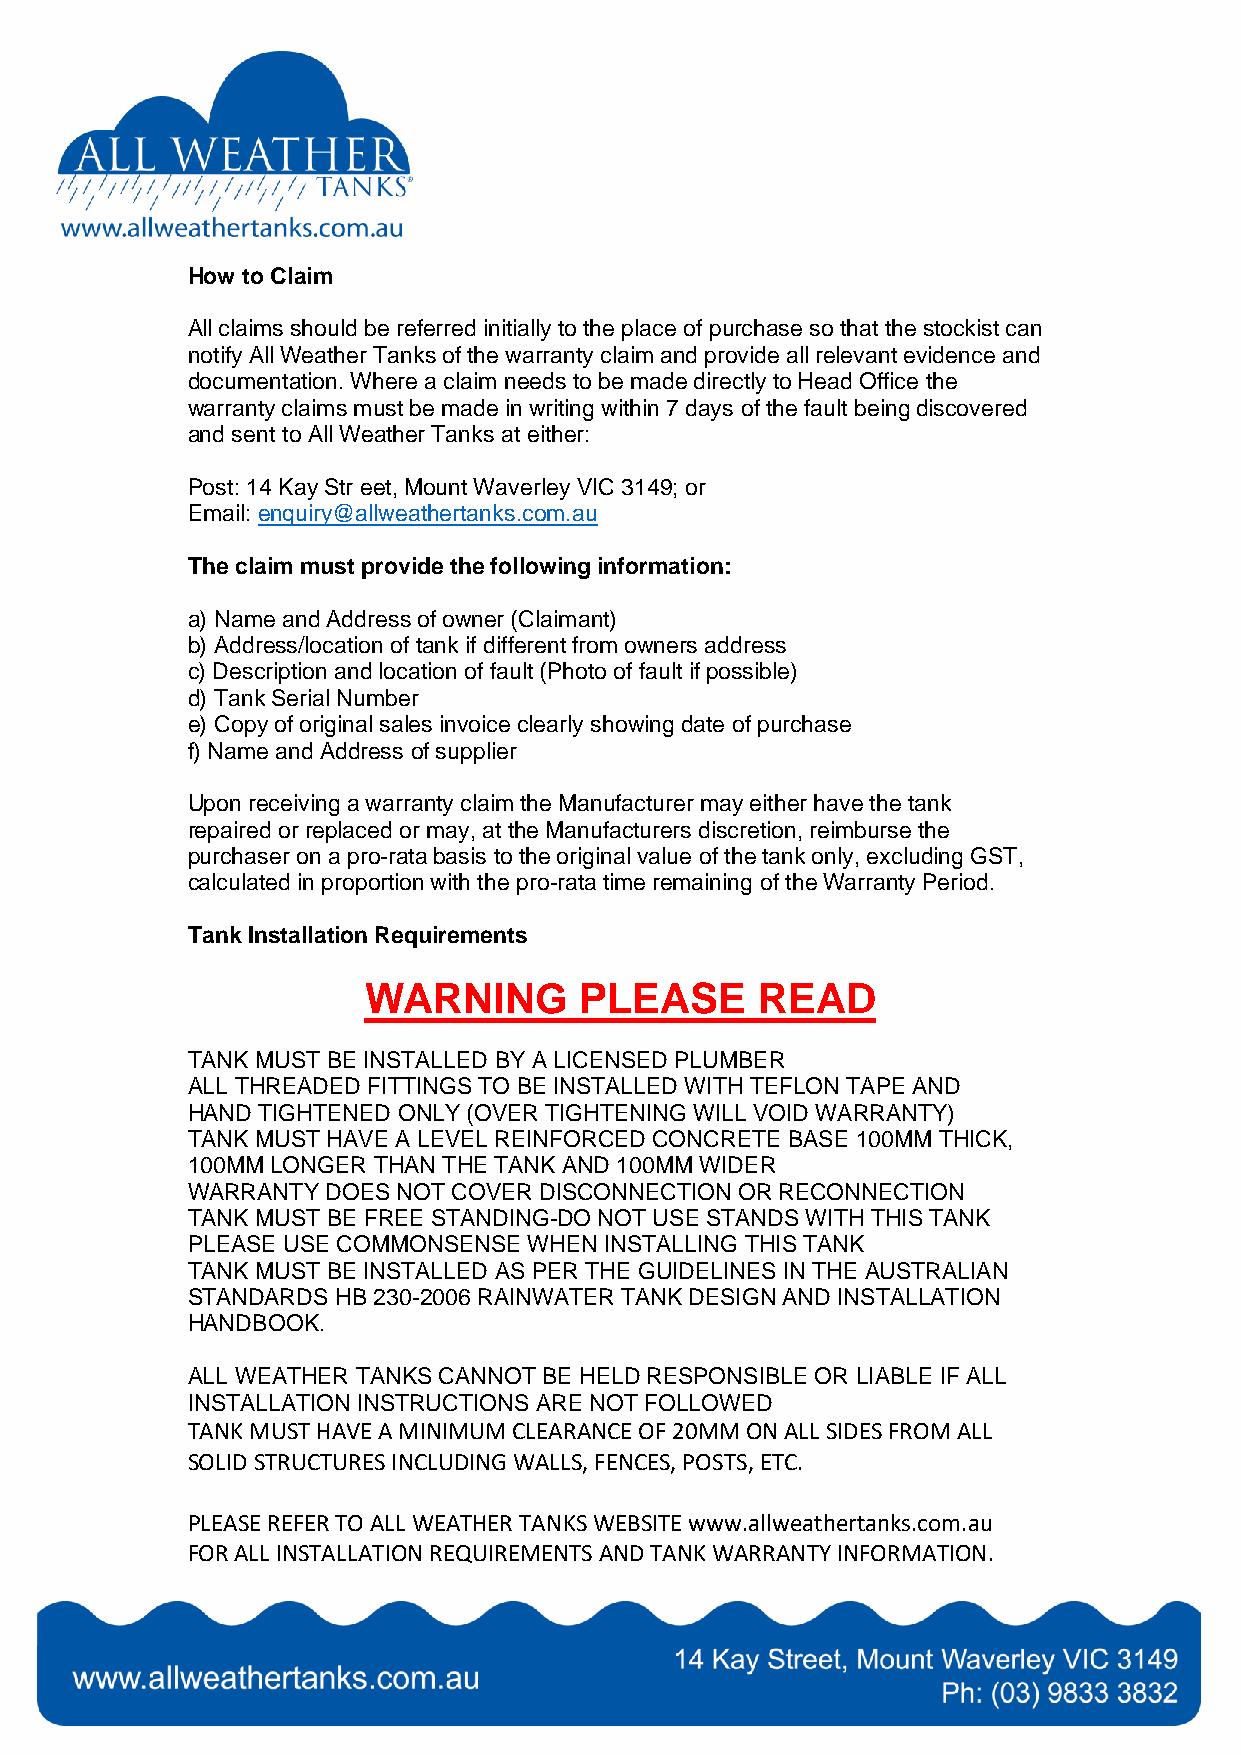
How to Claim
 All claims should be referred initially to the place of purchase so that the stockist can
 notify All Weather Tanks of the warranty claim and provide all relevant evidence and
 documentation. Where a claim needs to be made directly to Head Office the
 warranty claims must be made in writing within 7 days of the fault being discovered
 and sent to All Weather Tanks at either:
 Post: 14 Kay Str eet, Mount Waverley VIC 3149; or
 Email: enquiry@allweathertanks.com.au
 The claim must provide the following information:
 a) Name and Address of owner (Claimant)
 b) Address/location of tank if different from owners address
 c) Description and location of fault (Photo of fault if possible)
 d) Tank Serial Number
 e) Copy of original sales invoice clearly showing date of purchase
 f) Name and Address of supplier
 Upon receiving a warranty claim the Manufacturer may either have the tank
 repaired or replaced or may, at the Manufacturers discretion, reimburse the
 purchaser on a pro-rata basis to the original value of the tank only, excluding GST,
 calculated in proportion with the pro-rata time remaining of the Warranty Period.
 Tank Installation Requirements
 WARNING       PLEASE      READ
 TANK MUST BE INSTALLED BY A LICENSED PLUMBER
 ALL THREADED FITTINGS TO BE INSTALLED WITH TEFLON TAPE AND
 HAND TIGHTENED ONLY (OVER TIGHTENING WILL VOID WARRANTY)
 TANK MUST HAVE A LEVEL REINFORCED CONCRETE BASE 100MM THICK,
 100MM LONGER THAN THE TANK AND 100MM WIDER
 WARRANTY  DOES NOT COVER DISCONNECTION OR RECONNECTION
 TANK MUST BE FREE STANDING-DO NOT USE STANDS WITH THIS TANK
 PLEASE USE COMMONSENSE WHEN INSTALLING THIS TANK
 TANK MUST BE INSTALLED AS PER THE GUIDELINES IN THE AUSTRALIAN
 STANDARDS HB 230-2006 RAINWATER TANK DESIGN AND INSTALLATION
 HANDBOOK.
 ALL WEATHER TANKS CANNOT BE HELD RESPONSIBLE OR LIABLE IF ALL
 INSTALLATION INSTRUCTIONS ARE NOT FOLLOWED
 TANK MUST HAVE A MINIMUM CLEARANCE OF 20MM ON ALL SIDES FROM ALL
 SOLID STRUCTURES INCLUDING WALLS, FENCES, POSTS, ETC.
 PLEASE REFER TO ALL WEATHER TANKS WEBSITE www.allweathertanks.com.au
 FOR ALL INSTALLATION REQUIREMENTS AND TANK WARRANTY INFORMATION.